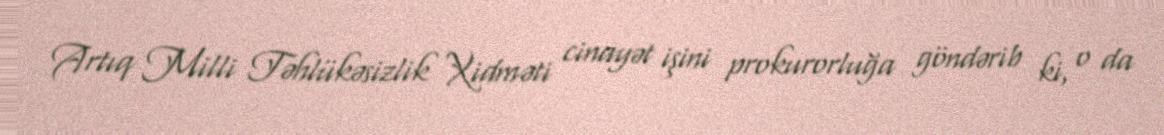
Artıq Milli Təhlükəsizlik Xidməti cinayət işini prokurorluğa göndərib ki, o da